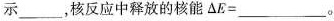
示___，核反应中释放的核能△E=___。